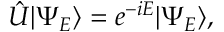
\hat { U } | \Psi _ { E } \rangle = e ^ { - i E } | \Psi _ { E } \rangle ,